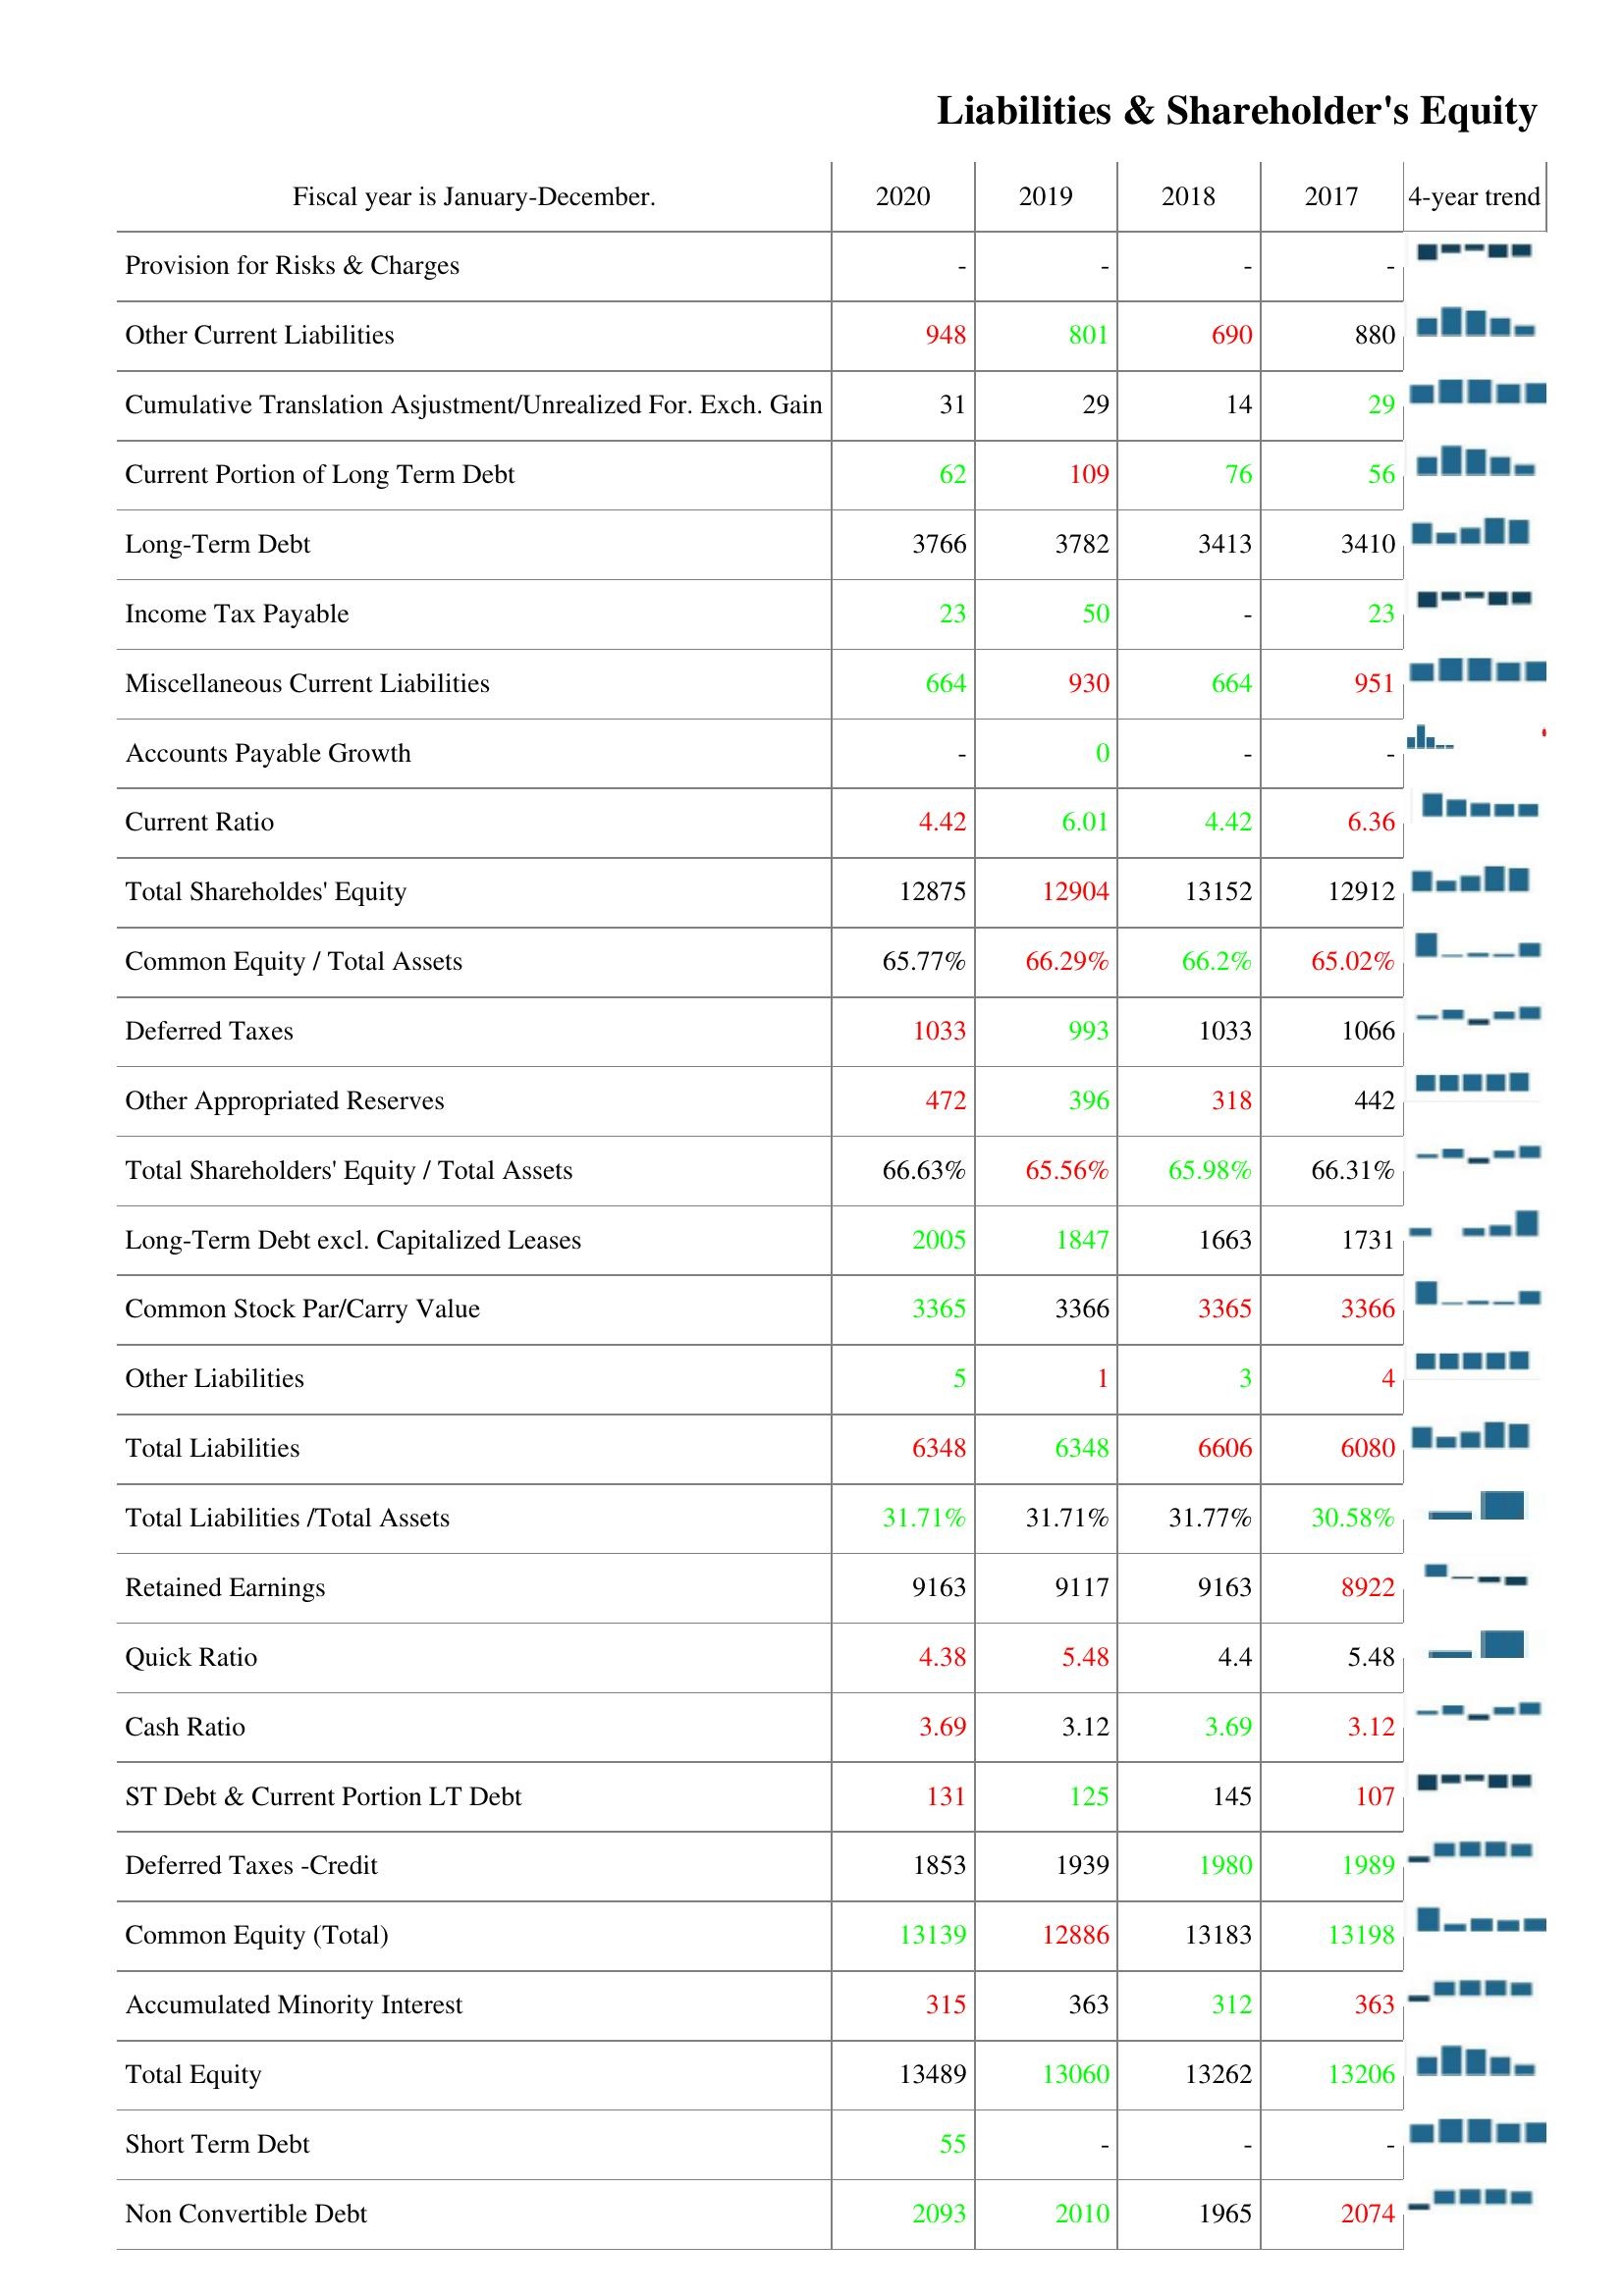
2020: Liabilities & Shareholder's Equity: Provision for Risks & Charges: -
Other Current Liabilities: 948
Cumulative Translation Asjustment/Unrealized For. Exch. Gain: 31
Current Portion of Long Term Debt: 62
Long-Term Debt: 3766
Income Tax Payable: 23
Miscellaneous Current Liabilities: 664
Accounts Payable Growth: -
Current Ratio: 4.42
Total Shareholdes' Equity: 12875
Common Equity / Total Assets: 65.77%
Deferred Taxes: 1033
Other Appropriated Reserves: 472
Total Shareholders' Equity / Total Assets: 66.63%
Long-Term Debt excl. Capitalized Leases: 2005
Common Stock Par/Carry Value: 3365
Other Liabilities: 5
Total Liabilities: 6348
Total Liabilities /Total Assets: 31.71%
Retained Earnings: 9163
Quick Ratio: 4.38
Cash Ratio: 3.69
ST Debt & Current Portion LT Debt: 131
Deferred Taxes -Credit: 1853
Common Equity (Total): 13139
Accumulated Minority Interest: 315
Total Equity: 13489
Short Term Debt: 55
Non Convertible Debt: 2093
2019: Liabilities & Shareholder's Equity: Provision for Risks & Charges: -
Other Current Liabilities: 801
Cumulative Translation Asjustment/Unrealized For. Exch. Gain: 29
Current Portion of Long Term Debt: 109
Long-Term Debt: 3782
Income Tax Payable: 50
Miscellaneous Current Liabilities: 930
Accounts Payable Growth: 0
Current Ratio: 6.01
Total Shareholdes' Equity: 12904
Common Equity / Total Assets: 66.29%
Deferred Taxes: 993
Other Appropriated Reserves: 396
Total Shareholders' Equity / Total Assets: 65.56%
Long-Term Debt excl. Capitalized Leases: 1847
Common Stock Par/Carry Value: 3366
Other Liabilities: 1
Total Liabilities: 6348
Total Liabilities /Total Assets: 31.71%
Retained Earnings: 9117
Quick Ratio: 5.48
Cash Ratio: 3.12
ST Debt & Current Portion LT Debt: 125
Deferred Taxes -Credit: 1939
Common Equity (Total): 12886
Accumulated Minority Interest: 363
Total Equity: 13060
Short Term Debt: -
Non Convertible Debt: 2010
2018: Liabilities & Shareholder's Equity: Provision for Risks & Charges: -
Other Current Liabilities: 690
Cumulative Translation Asjustment/Unrealized For. Exch. Gain: 14
Current Portion of Long Term Debt: 76
Long-Term Debt: 3413
Income Tax Payable: -
Miscellaneous Current Liabilities: 664
Accounts Payable Growth: -
Current Ratio: 4.42
Total Shareholdes' Equity: 13152
Common Equity / Total Assets: 66.2%
Deferred Taxes: 1033
Other Appropriated Reserves: 318
Total Shareholders' Equity / Total Assets: 65.98%
Long-Term Debt excl. Capitalized Leases: 1663
Common Stock Par/Carry Value: 3365
Other Liabilities: 3
Total Liabilities: 6606
Total Liabilities /Total Assets: 31.77%
Retained Earnings: 9163
Quick Ratio: 4.4
Cash Ratio: 3.69
ST Debt & Current Portion LT Debt: 145
Deferred Taxes -Credit: 1980
Common Equity (Total): 13183
Accumulated Minority Interest: 312
Total Equity: 13262
Short Term Debt: -
Non Convertible Debt: 1965
2017: Liabilities & Shareholder's Equity: Provision for Risks & Charges: -
Other Current Liabilities: 880
Cumulative Translation Asjustment/Unrealized For. Exch. Gain: 29
Current Portion of Long Term Debt: 56
Long-Term Debt: 3410
Income Tax Payable: 23
Miscellaneous Current Liabilities: 951
Accounts Payable Growth: -
Current Ratio: 6.36
Total Shareholdes' Equity: 12912
Common Equity / Total Assets: 65.02%
Deferred Taxes: 1066
Other Appropriated Reserves: 442
Total Shareholders' Equity / Total Assets: 66.31%
Long-Term Debt excl. Capitalized Leases: 1731
Common Stock Par/Carry Value: 3366
Other Liabilities: 4
Total Liabilities: 6080
Total Liabilities /Total Assets: 30.58%
Retained Earnings: 8922
Quick Ratio: 5.48
Cash Ratio: 3.12
ST Debt & Current Portion LT Debt: 107
Deferred Taxes -Credit: 1989
Common Equity (Total): 13198
Accumulated Minority Interest: 363
Total Equity: 13206
Short Term Debt: -
Non Convertible Debt: 2074